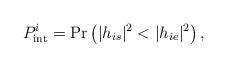
\begin{align*}P_{{\mathop{\textrm {int}}} }^i = \Pr \left( {|h_{is} |^2 < |h_{ie} |^2 } \right),\end{align*}